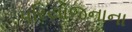
પરિયોજનાના